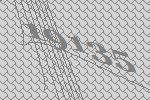
19135